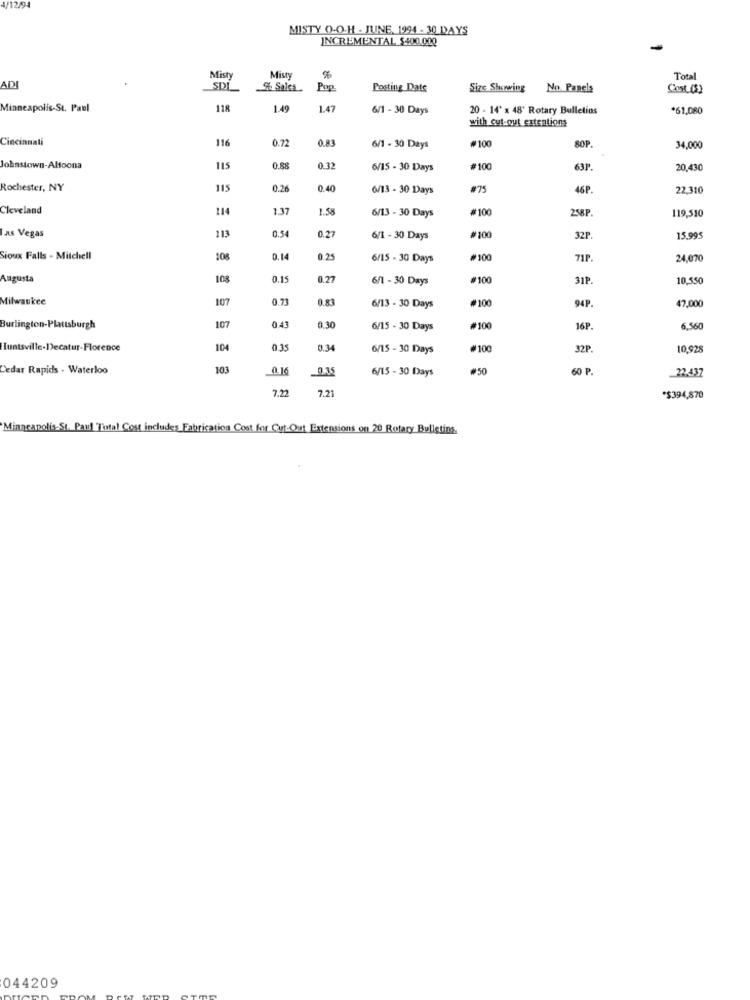
/12/95
MISTY O-O-H - JUNE, 1994 - 30 DAYS
INCREMENTAL $400.000
Misty
Misty
Total
ADI
SDL
Pop.
Posting Date
Size Showing
No. Panels
Cost (S)
Minneapolis-St. Paul
118
1.49
1.47
6/1 - 30 Days
20 - 14' x 48' Rotary Bulletins
.61,080
with cut-out extentions
Cincinnati
116
0.72
0.83
#100
8OP.
6/1 - 30 Days
34,000
Johnstown-Altoona
115
0.88
0.32
6/15 - 30 Days
#100
63P.
20,43
Rochester, NY
115
0.26
0.40
6/13 - 30 Days
#75
46P.
22,310
Cleveland
1.37
1.58
6/13 - 30 Days
#100
258P
119,510
Las Vegas
0.54
0.27
113
6/1 - 30 Days
#100
32P
15.995
Sioux Falls - Mitchell
108
0.14
0.25
6/15 - 30 Days
#100
71P.
24,070
Augusta
108
0.15
0.27
6/1 - 30 Days
#100
31P.
10,550
Milwaukee
107
0.71
0.83
#100
94P.
47,000
6/13 - 30 Days
107
0.41
Burlington-Plattsburgh
0.30
6/15 - 30 Days
#100
16P.
6,560
Huntsville.Decatur-Florence
104
0.35
0.34
6/15 - 30 Days
#100
32P.
10,928
Cedar Rapids - Waterloo
103
0.15
6/15 - 30 Days
#50
60 P
22.437
7.22
7.21
*$394,870
Minneapolis-St. Paul Total Cost includes Fabrication Cost for Cut-Out Extensions on 20 Rotary Bulletins
044209